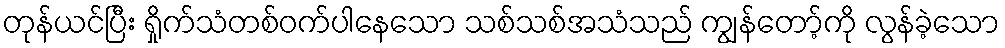
တုန်ယင်ပြီး ရှိုက်သံတစ်ဝက်ပါနေသော သစ်သစ်အသံသည် ကျွန်တော့်ကို လွန်ခဲ့သော